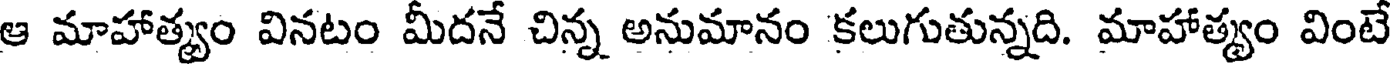
ఆ మాహాత్యం వినటం మీదనే చిన్న అనుమానం కలుగుతున్నది. మాహాత్యం వింటే